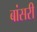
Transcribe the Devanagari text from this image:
बांसरी